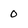
Character: 0